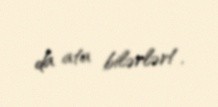
da ata bilərlər!.